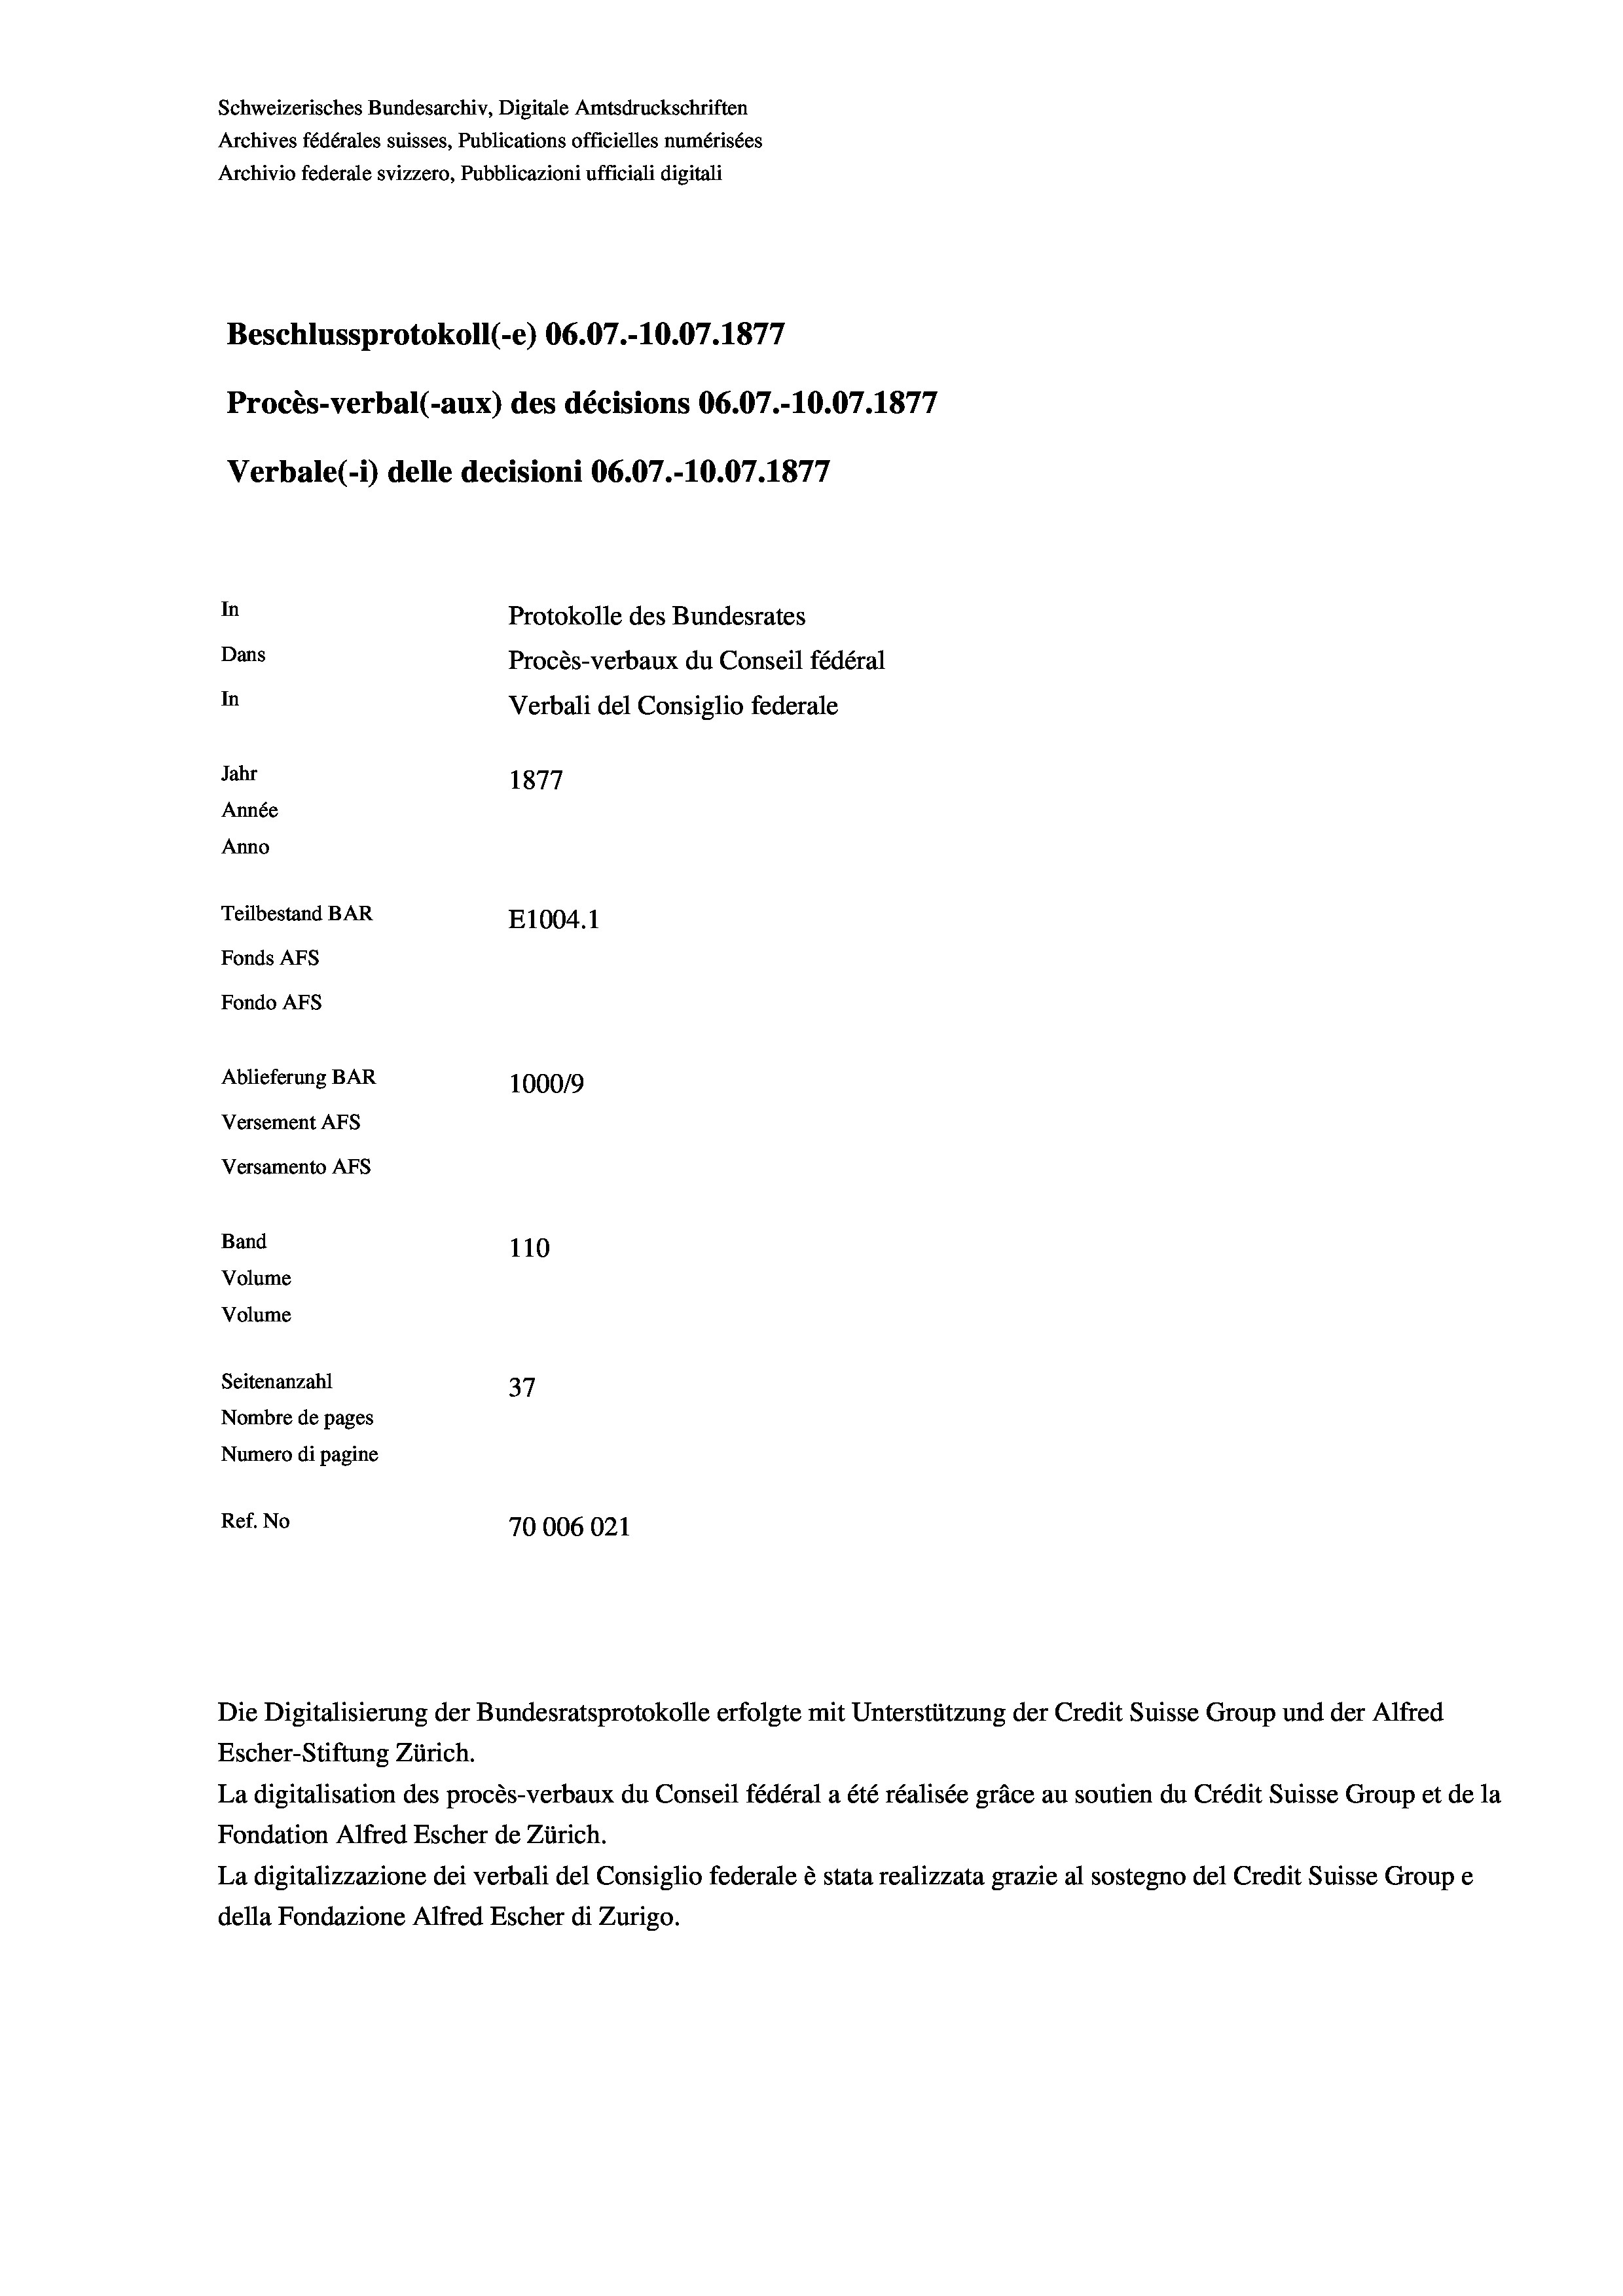
Schweizerisches Bundesarchiv, Digitale Amtsdruckschriften
Archives fédérales suisses, Publications officielles numérisées
Archivio federale svizzero, Pubblicazioni ufficiali digitali
Beschlussprotokoll (-e) 06.07.-10.07. 1877
Procès-verbal (-aux) des décisions 06.07.-10.07. 1877
Verbale(*) delle decisioni 06.07.-10.07. 1877
In
Protokolle des Bundesrates
Dans
Procès-verbaux du Conseil fédéral
In
Verbali del Consiglio federale
Jahr
1877
Année
Anno
Teilbestand BAR
E1004.1
Fonds Afs
Fondo AFS
Ablieferung BAR
100019
Versement AFs
Versamento Afs
Band
110
Volume
Volume
Seitenanzahl
37
Nombre de pages
Numero di pagine
Ref. No
70006021

La digitalisation des procès-verbaux du Conseil fédéral a été réalisée gräce au soutien du Crédit Suisse Group et de la
Fondation Alfred Escher de Zürich.
La digitalizzazione dei verbali del Consiglio federale è stata realizzata grazie al sostegno del Credit Suisse Groupe
della Fondazione Alfred Escher di Zurigo.

Die Digitalisierung der Bundesratsprotokolle erfolgte mit Unterstützung der Credit Suisse Group und der Alfred
Escher-Stiftung Zürich.